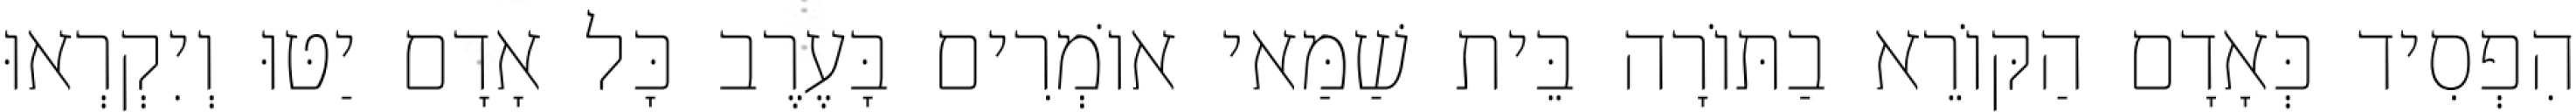
הִפְסִיד כְּאָדָם הַקּוֹרֵא בַתּוֹרָה בֵּית שַׁמַּאי אוֹמְרִים בָּעֶרֶב כָּל אָדָם יַטּוּ וְיִקְרְאוּ